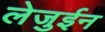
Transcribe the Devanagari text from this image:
लेजुईन